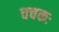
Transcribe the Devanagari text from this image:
चचकः